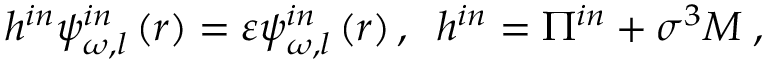
h ^ { i n } \psi _ { \omega , l } ^ { i n } \left( r \right) = \varepsilon \psi _ { \omega , l } ^ { i n } \left( r \right) , \; \; h ^ { i n } = \Pi ^ { i n } + \sigma ^ { 3 } M \; ,